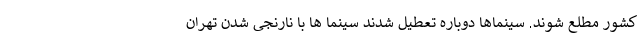
کشور مطلع شوند. سینماها دوباره تعطیل شدند سینما ها با نارنجی شدن تهران